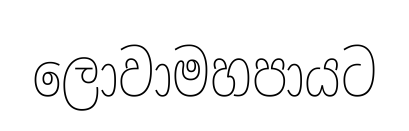
ලොවාමහපායට